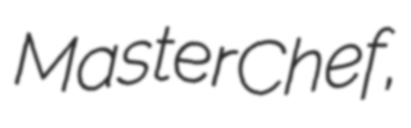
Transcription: MasterChef,